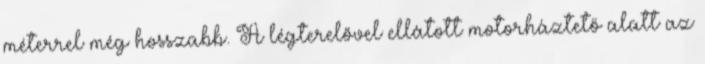
méterrel még hosszabb. A légterelővel ellátott motorháztető alatt az